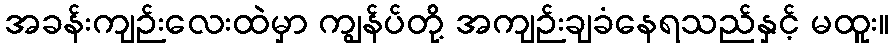
အခန်းကျဉ်းလေးထဲမှာ ကျွန်ပ်တို့ အကျဉ်းချခံနေရသည်နှင့် မထူး။